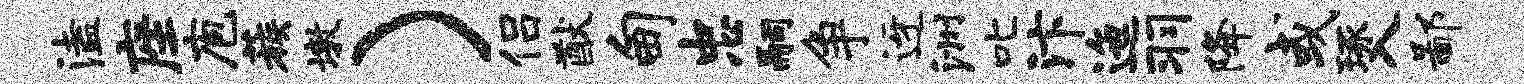
溘座庖蔟墩）侣猷甸忠嗣争迓洲叱汴迤羽降或琢入鄙